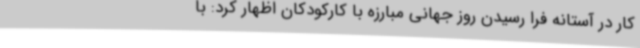
کار در آستانه فرا رسیدن روز جهانی مبارزه با کارکودکان اظهار کرد: با